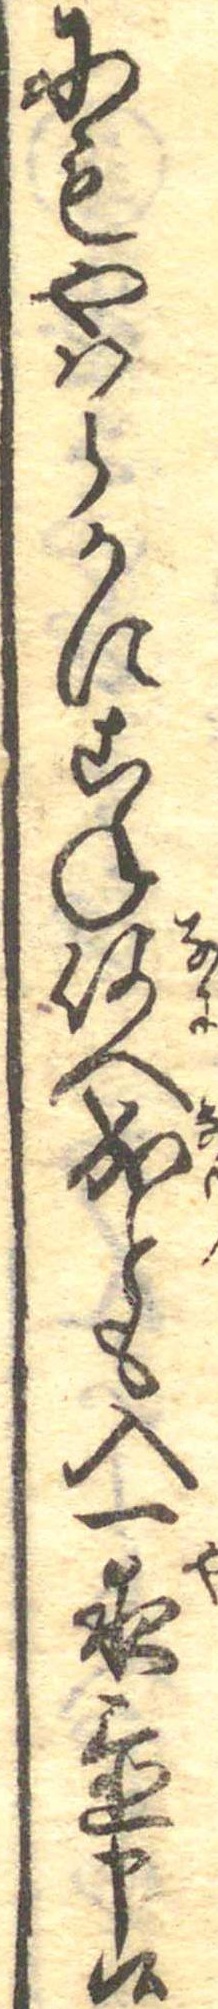
にもやはらかにこね何へ成とも入一夜置申候